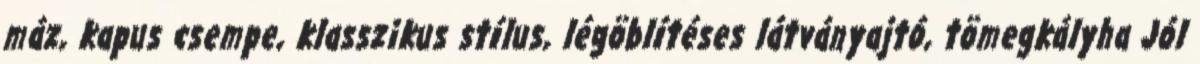
máz, kapus csempe, klasszikus stílus, légöblítéses látványajtó, tömegkályha Jól